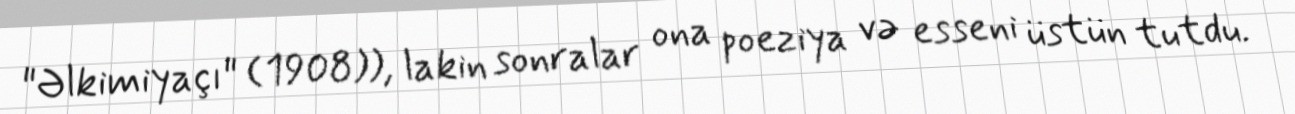
"Əlkimiyaçı" (1908)), lakin sonralar ona poeziya və esseni üstün tutdu.